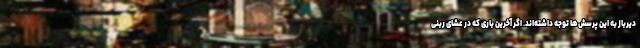
دیرباز به این پرسش‌ها توجه داشته‌اند. اگر آخرین باری که در عشای ربنی